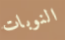
النوبات